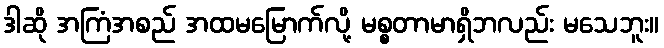
ဒါဆို အကြံအစည် အထမမြောက်လို့ မစ္စတာမာရှိဘလည်း မသေဘူး။